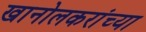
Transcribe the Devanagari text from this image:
खानोलकरांच्या